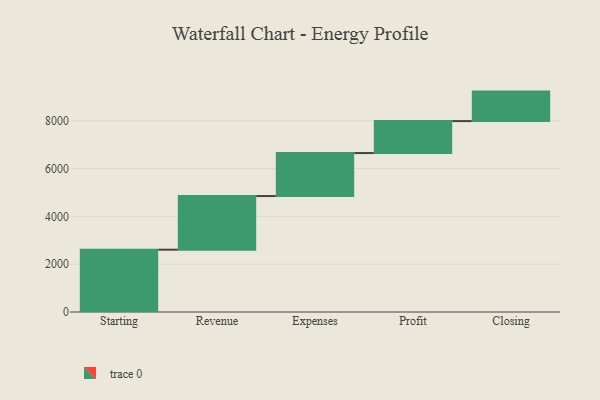
{"axis": {"x": "Step", "y": "Value"}, "legend": [""], "data": [{"x": "Starting", "y": 2606.0, "type": ""}, {"x": "Revenue", "y": 2244.0, "type": ""}, {"x": "Expenses", "y": 1799.0, "type": ""}, {"x": "Profit", "y": 1337.0, "type": ""}, {"x": "Closing", "y": 1233.0, "type": ""}]}